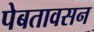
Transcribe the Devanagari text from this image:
पेबतावसन